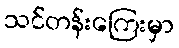
သင်တန်းကြေးမှာ